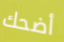
أضحك